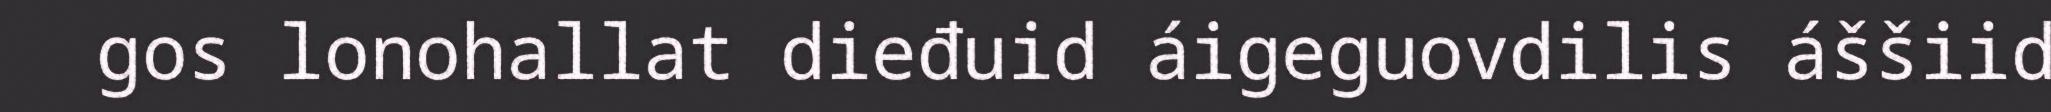
gos lonohallat dieđuid áigeguovdilis áššiid